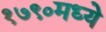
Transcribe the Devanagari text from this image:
१७९०मध्ये